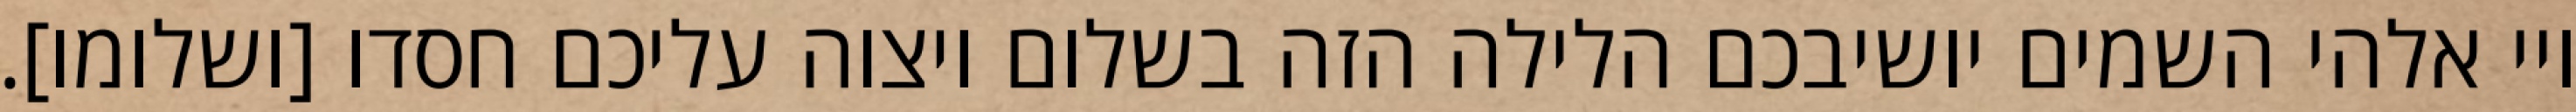
ויי אלהי השמים יושיבכם הלילה הזה בשלום ויצוה עליכם חסדו [ושלומו].